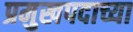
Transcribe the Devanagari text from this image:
प्रमुखपदाच्या